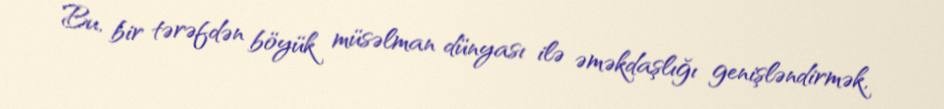
Bu, bir tərəfdən böyük müsəlman dünyası ilə əməkdaşlığı genişləndirmək,